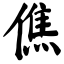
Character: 僬